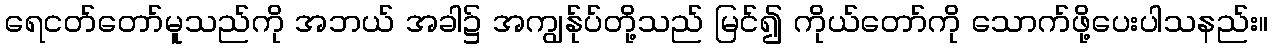
ရေငတ်တော်မူသည်ကို အဘယ် အခါ၌ အကျွန်ုပ်တို့သည် မြင်၍ ကိုယ်တော်ကို သောက်ဖို့ပေးပါသနည်း။